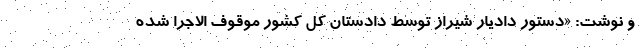
و نوشت: «دستور دادیار شیراز توسط دادستان کل کشور موقوف الاجرا شده